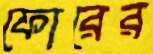
ফোরের